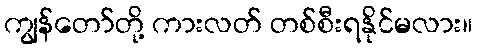
ကျွန်တော်တို့ ကားလတ် တစ်စီးရနိုင်မလား။